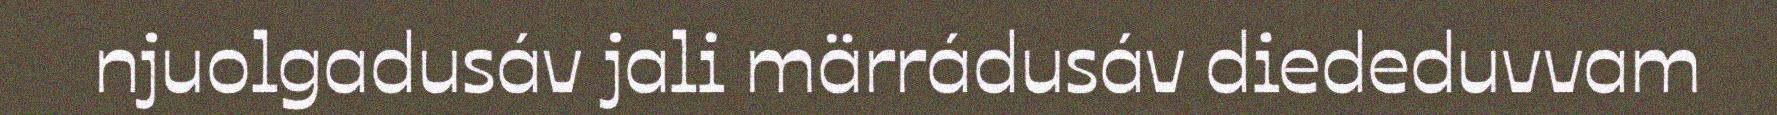
njuolgadusáv jali märrádusáv diededuvvam